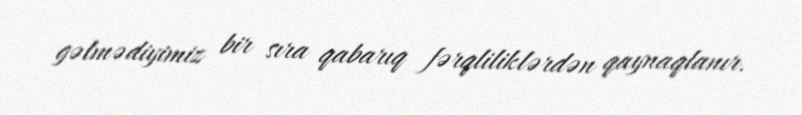
gəlmədiyimiz bir sıra qabarıq fərqliliklərdən qaynaqlanır.